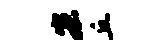
宏丘